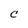
Character: C